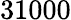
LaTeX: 31000